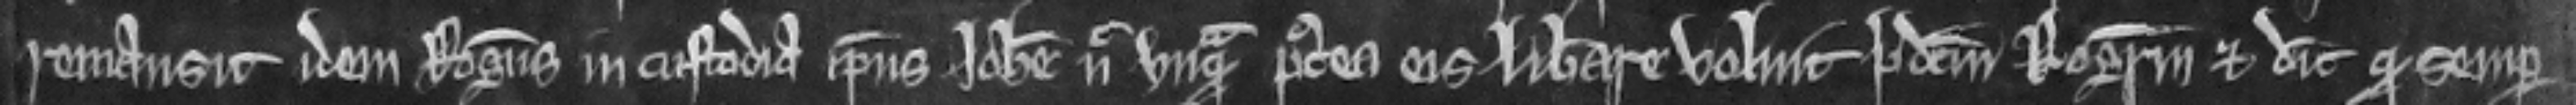
remansit idem Rogerus in custodia ipsius Johanne nec unquam postea eis liberare voluit predictum Rogerum et dicit quod semper